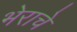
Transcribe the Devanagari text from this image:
भेराचे